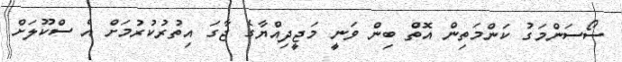
ސޯސަންމަގު ކަންމަތިން އޮތް ބިން ވަނީ މަޖީދިއްޔާގެ ޖާގަ އިތުރުކުރުމަށް އެ ސްކޫލަށް